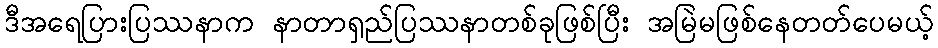
ဒီအရေပြားပြဿနာက နာတာရှည်ပြဿနာတစ်ခုဖြစ်ပြီး အမြဲမဖြစ်နေတတ်ပေမယ့်